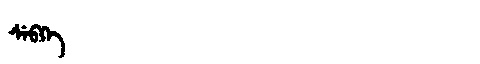
Manchu: ᠰᡝᠪᡴᡝ
Romanization: SEBKE